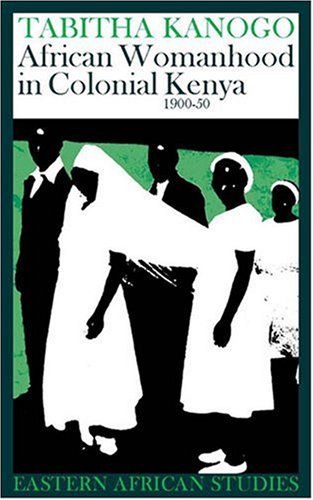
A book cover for African Womanhood In Colonial Kenya: 1900-1950 (Eastern African Studies); Tabitha Kanogo; History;